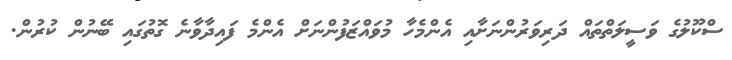
ސްކޫލުގެ ވަސީލަތްތައް ދަރިވަރުންނަށާއި އެންމެހާ މުވައްޒަފުންނަށް އެންމެ ފައިދާވާނެ ގޮތުގައި ބޭނުން ކުރުން.